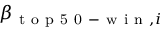
\beta _ { \mathrm { ~ t ~ o ~ p ~ 5 ~ 0 ~ - ~ w ~ i ~ n ~ } , i }